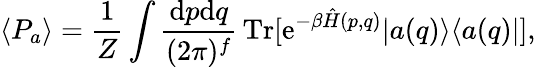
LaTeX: \langle{P}_{a}\rangle=\frac{1}{Z}\int\frac{\mathrm{d}p\mathrm{d}q}{(2\pi)^{f}}\, \mathrm{Tr}[\mathrm{e}^{-\beta\hat{H}(p,q)}|a(q)\rangle\langle a(q)|],